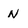
Character: n